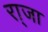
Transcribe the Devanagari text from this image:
रा्जा